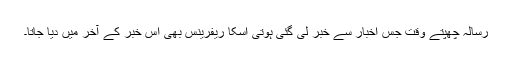
رسالہ چھپتے وقت جس اخبار سے خبر لی گئی ہوتی اسکا ریفرینس بھی اس خبر کے آخر میں دیا جاتا۔